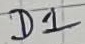
Text: D1